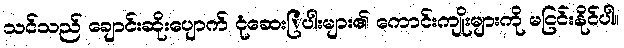
သင်သည် ချောင်းဆိုးပျောက် ငုံဆေးြပါးများ၏ ကောင်းကျိုးများကို မငြင်းနိုင်ပါ။